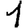
Digit: 1